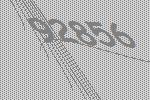
92856